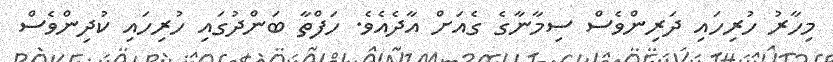
މިހާރު ހުރިހައި ދަރިންވެސް ސިމާނާގެ ގެއަށް އާދެއެވެ. ހަފްތާ ބަންދުގައި ހުރިހައި ކުދިންވެސް